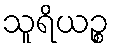
သူရိယဉ္စ